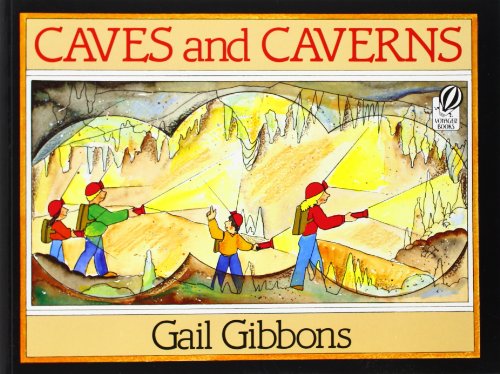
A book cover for Caves and Caverns; Gail Gibbons; Children's Books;